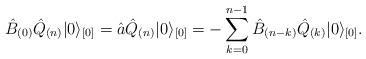
LaTeX: \begin{align*}\hat{B}_{(0)} \hat{Q}_{(n)} \vert 0 \rangle_{[0]}= \hat{a}\hat{Q}_{(n)} \vert 0 \rangle_{[0]}= - \sum_{k = 0}^{n-1}\hat{B}_{(n-k)} \hat{Q}_{(k)} \vert 0 \rangle_{[0]}.\end{align*}